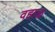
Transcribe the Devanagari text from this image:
वहाळ